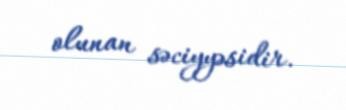
olunan səciyyəsidir.